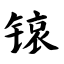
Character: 锿